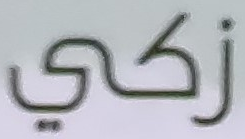
زكي